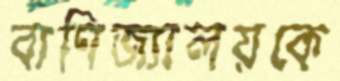
বাণিজ্যালয়কে